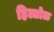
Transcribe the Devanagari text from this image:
हिल्लोळ